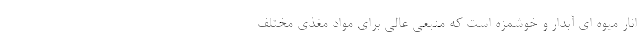
انار میوه ای آبدار و خوشمزه است که منبعی عالی برای مواد مغذی مختلف